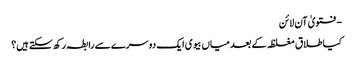
- فتویٰ آن لائن
کیا طلاق مغلظہ کے بعد میاں بیوی ایک دوسرے سے رابطہ رکھ سکتے ہیں؟